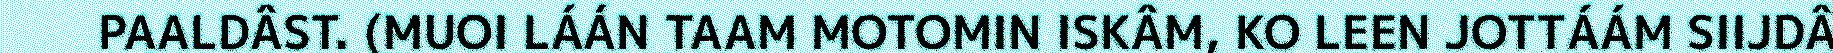
PAALDÂST. (MUOI LÁÁN TAAM MOTOMIN ISKÂM, KO LEEN JOTTÁÁM SIIJDÂ